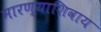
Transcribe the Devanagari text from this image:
मारण्याशिवाय